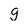
Character: g